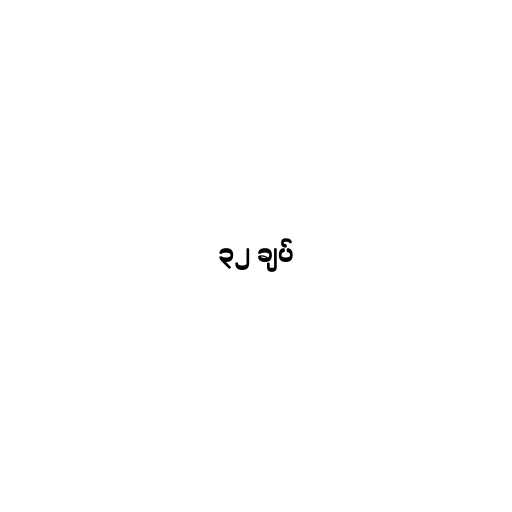
၃၂ ချပ်